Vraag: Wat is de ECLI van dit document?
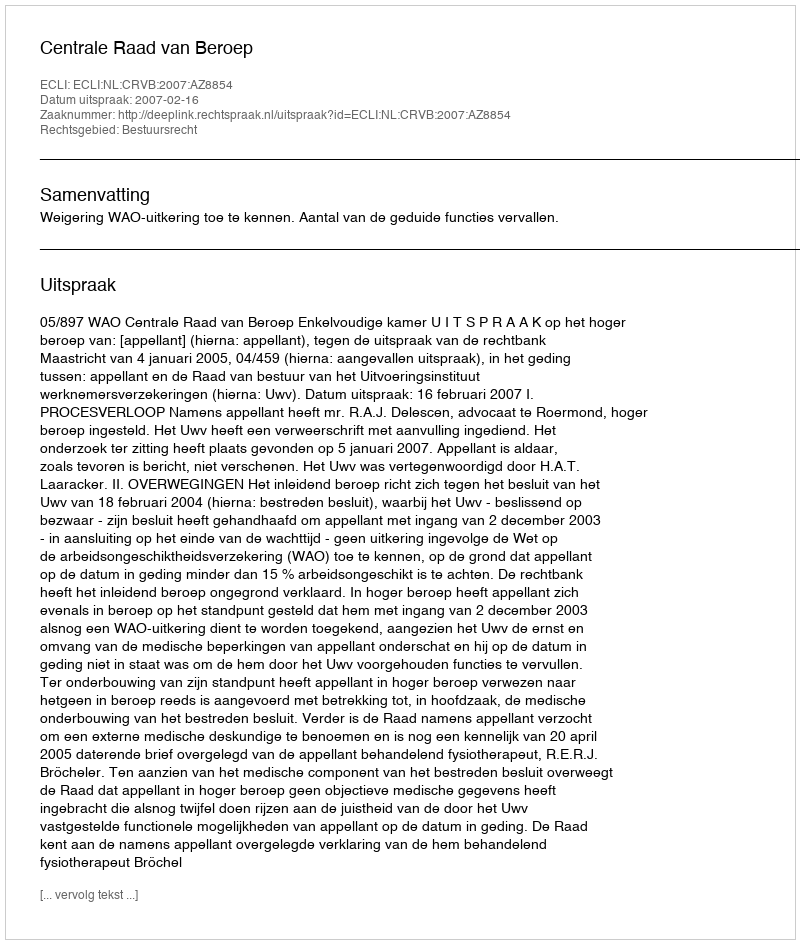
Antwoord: ECLI:NL:CRVB:2007:AZ8854